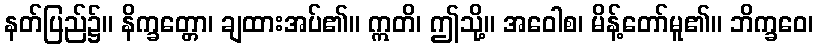
နတ်ပြည်၌။ နိက္ခတ္တော၊ ချထားအပ်၏။ ဣတိ၊ ဤသို့။ အဝေါစ၊ မိန့်တော်မူ၏။ ဘိက္ခဝေ၊